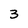
Character: 3